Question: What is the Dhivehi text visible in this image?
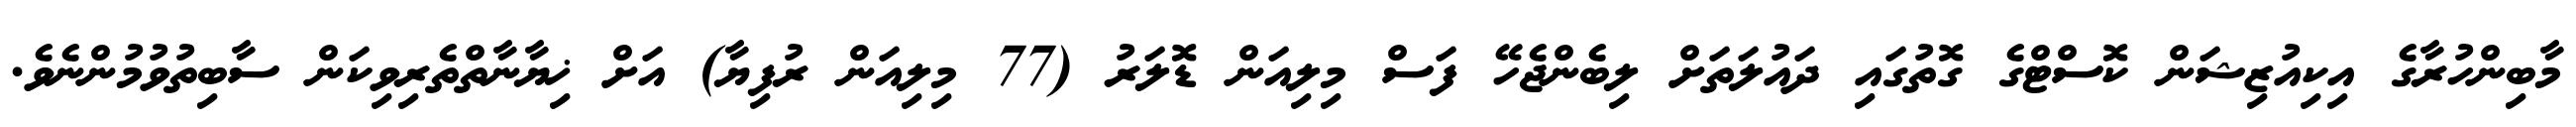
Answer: މާބިންހުރާގެ އިކިއުޒިޝަން ކޮސްޓްގެ ގޮތުގައި ދައުލަތަށް ލިބެންޖެހޭ ފަސް މިލިއަން ޑޮލަރު (77 މިލިއަން ރުފިޔާ) އަށް ޚިޔާނާތްތެރިވިކަން ސާބިތުވުމުންނެވެ.